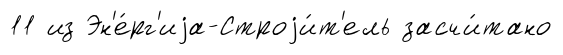
11 из Эн'е́рг'иjа-Строjи́т'ель засчи́тано